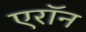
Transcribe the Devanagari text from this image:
एराॅन